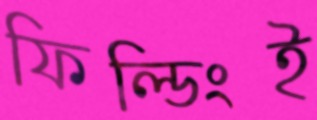
ফিল্ডিংই